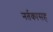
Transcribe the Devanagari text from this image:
नर्तकासह